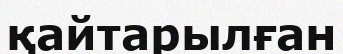
қайтарылған